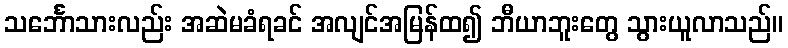
သင်္ဘောသားလည်း အဆဲမခံရခင် အလျင်အမြန်ထ၍ ဘီယာဘူးတွေ သွားယူလာသည်။